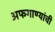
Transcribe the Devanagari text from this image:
अफगाण्यांची